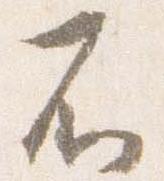
不